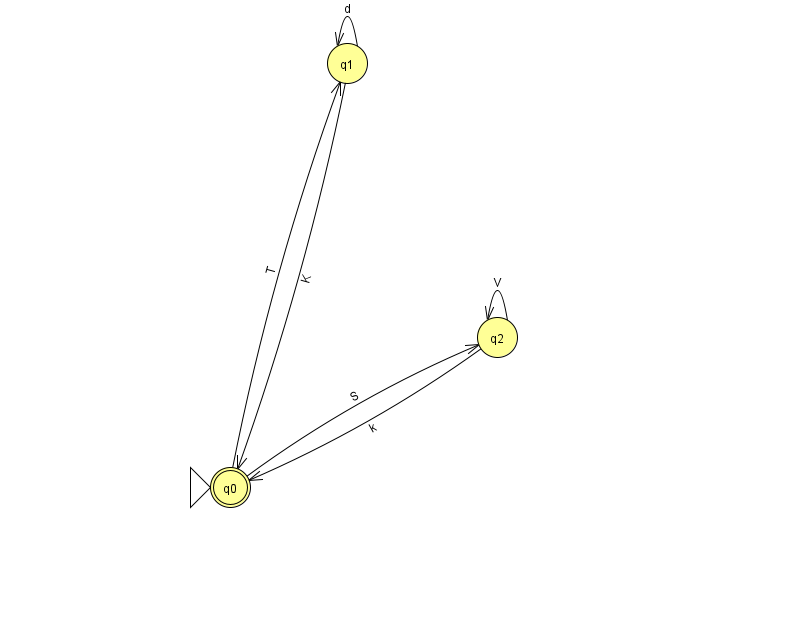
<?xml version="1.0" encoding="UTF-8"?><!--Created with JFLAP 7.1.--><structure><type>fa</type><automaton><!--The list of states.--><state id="0" name="q0"><x>230.0</x><y>474.0</y><initial/><final/></state><state id="1" name="q1"><x>347.0</x><y>50.0</y></state><state id="2" name="q2"><x>497.0</x><y>324.0</y></state><!--The list of transitions.--><transition><from>0</from><to>1</to><read>T</read></transition><transition><from>1</from><to>1</to><read>d</read></transition><transition><from>0</from><to>2</to><read>S</read></transition><transition><from>2</from><to>2</to><read>V</read></transition><transition><from>1</from><to>0</to><read>K</read></transition><transition><from>2</from><to>0</to><read>k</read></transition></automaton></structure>